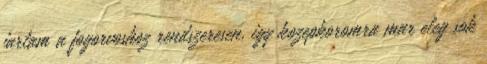
jartam a fogorvoshoz rendszeresen, igy kozepkoromra mar eleg sok